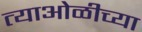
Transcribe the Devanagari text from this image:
त्याओळीच्या